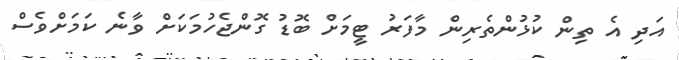
އަދި އެ ތިން ކުޅުންތެރިން މާފަރު ޓީމަށް ބޮޑު ގޮންޖެހުމަކަށް ވާނެ ކަމަށްވެސް